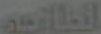
النظارة